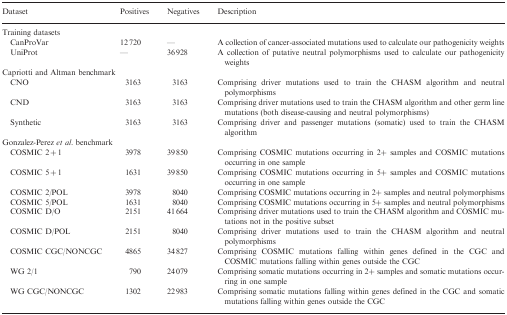
<table><thead><tr><td><b>Dataset</b></td><td><b>Positives</b></td><td><b>Negatives</b></td><td><b>Description</b></td></tr></thead><tbody><tr><td colspan="4">Training datasets</td></tr><tr><td>CanProVar</td><td>12 720</td><td>—</td><td>A collection of cancer-associated mutations used to calculate our pathogenicity weights</td></tr><tr><td>UniProt</td><td>—</td><td>36 928</td><td>A collection of putative neutral polymorphisms used to calculate our pathogenicity weights</td></tr><tr><td colspan="4">Capriotti and Altman benchmark</td></tr><tr><td>CNO</td><td>3163</td><td>3163</td><td>Comprising driver mutations used to train the CHASM algorithm and neutral polymorphisms</td></tr><tr><td>CND</td><td>3163</td><td>3163</td><td>Comprising driver mutations used to train the CHASM algorithm and other germ line mutations (both disease-causing and neutral polymorphisms)</td></tr><tr><td>Synthetic</td><td>3163</td><td>3163</td><td>Comprising driver and passenger mutations (somatic) used to train the CHASM algorithm</td></tr><tr><td colspan="4">Gonzalez-Perez <i>et al.</i> benchmark</td></tr><tr><td>COSMIC 2 + 1</td><td>3978</td><td>39 850</td><td>Comprising COSMIC mutations occurring in 2+ samples and COSMIC mutations occurring in one sample</td></tr><tr><td>COSMIC 5 + 1</td><td>1631</td><td>39 850</td><td>Comprising COSMIC mutations occurring in 5+ samples and COSMIC mutations occurring in one sample</td></tr><tr><td>COSMIC 2/POL</td><td>3978</td><td>8040</td><td>Comprising COSMIC mutations occurring in 2+ samples and neutral polymorphisms</td></tr><tr><td>COSMIC 5/POL</td><td>1631</td><td>8040</td><td>Comprising COSMIC mutations occurring in 5+ samples and neutral polymorphisms</td></tr><tr><td>COSMIC D/O</td><td>2151</td><td>41 664</td><td>Comprising driver mutations used to train the CHASM algorithm and COSMIC mutations not in the positive subset</td></tr><tr><td>COSMIC D/POL</td><td>2151</td><td>8040</td><td>Comprising driver mutations used to train the CHASM algorithm and neutral polymorphisms</td></tr><tr><td>COSMIC CGC/NONCGC</td><td>4865</td><td>34 827</td><td>Comprising COSMIC mutations falling within genes defined in the CGC and COSMIC mutations falling within genes outside the CGC</td></tr><tr><td>WG 2/1</td><td>790</td><td>24 079</td><td>Comprising somatic mutations occurring in 2+ samples and somatic mutations occurring in one sample</td></tr><tr><td>WG CGC/NONCGC</td><td>1302</td><td>22 983</td><td>Comprising somatic mutations falling within genes defined in the CGC and somatic mutations falling within genes outside the CGC</td></tr></tbody></table>